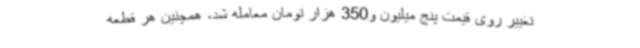
تغییر روی قیمت پنج میلیون و350 هزار تومان معامله شد، همچنین هر قطعه